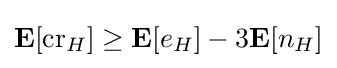
\mathbf {E} [\operatorname {cr} _{H}]\geq \mathbf {E} [e_{H}]-3\mathbf {E} [n_{H}]